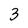
Character: 3